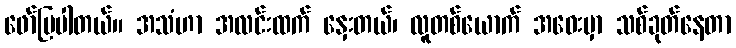
ဖော်ပြပါတယ်။ အသံဟာ အလင်းထက် နှေးတယ်၊ လူတစ်ယောက် အဝေးမှာ သစ်ခုတ်နေတာ